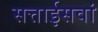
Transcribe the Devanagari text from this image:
सत्ताईसवां